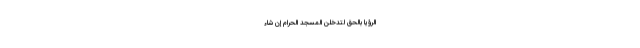
الرُّؤْيَا بِالْحَقِّ لَتَدْخُلُنَّ الْمَسْجِدَ الْحَرَامَ إِنْ شَاءَ